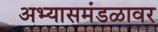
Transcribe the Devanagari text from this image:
अभ्यासमंडळावर